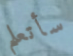
سأتعلم